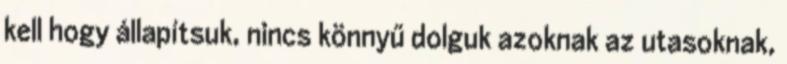
kell hogy állapítsuk, nincs könnyű dolguk azoknak az utasoknak,